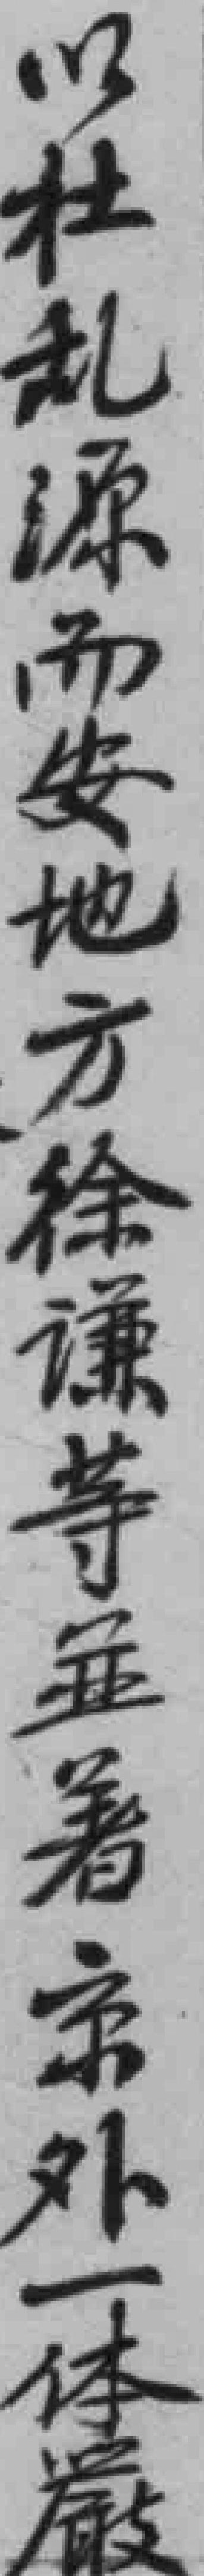
以杜乱源而安地方徐谦等並著京外一体嚴